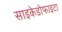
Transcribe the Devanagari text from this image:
साइकेडोफाइटा